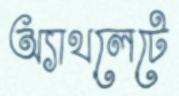
অ্যাথলেটে